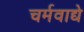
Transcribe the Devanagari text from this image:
चर्मवाद्ये